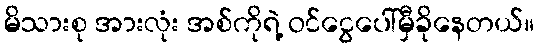
မိသားစု အားလုံး အစ်ကိုရဲ့ ဝင်ငွေပေါ်မှီခိုနေတယ်။